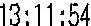
13:11:54